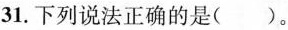
31.下列说法正确的是( )。